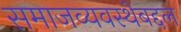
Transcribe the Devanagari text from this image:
समाजव्यवस्थेबद्दल